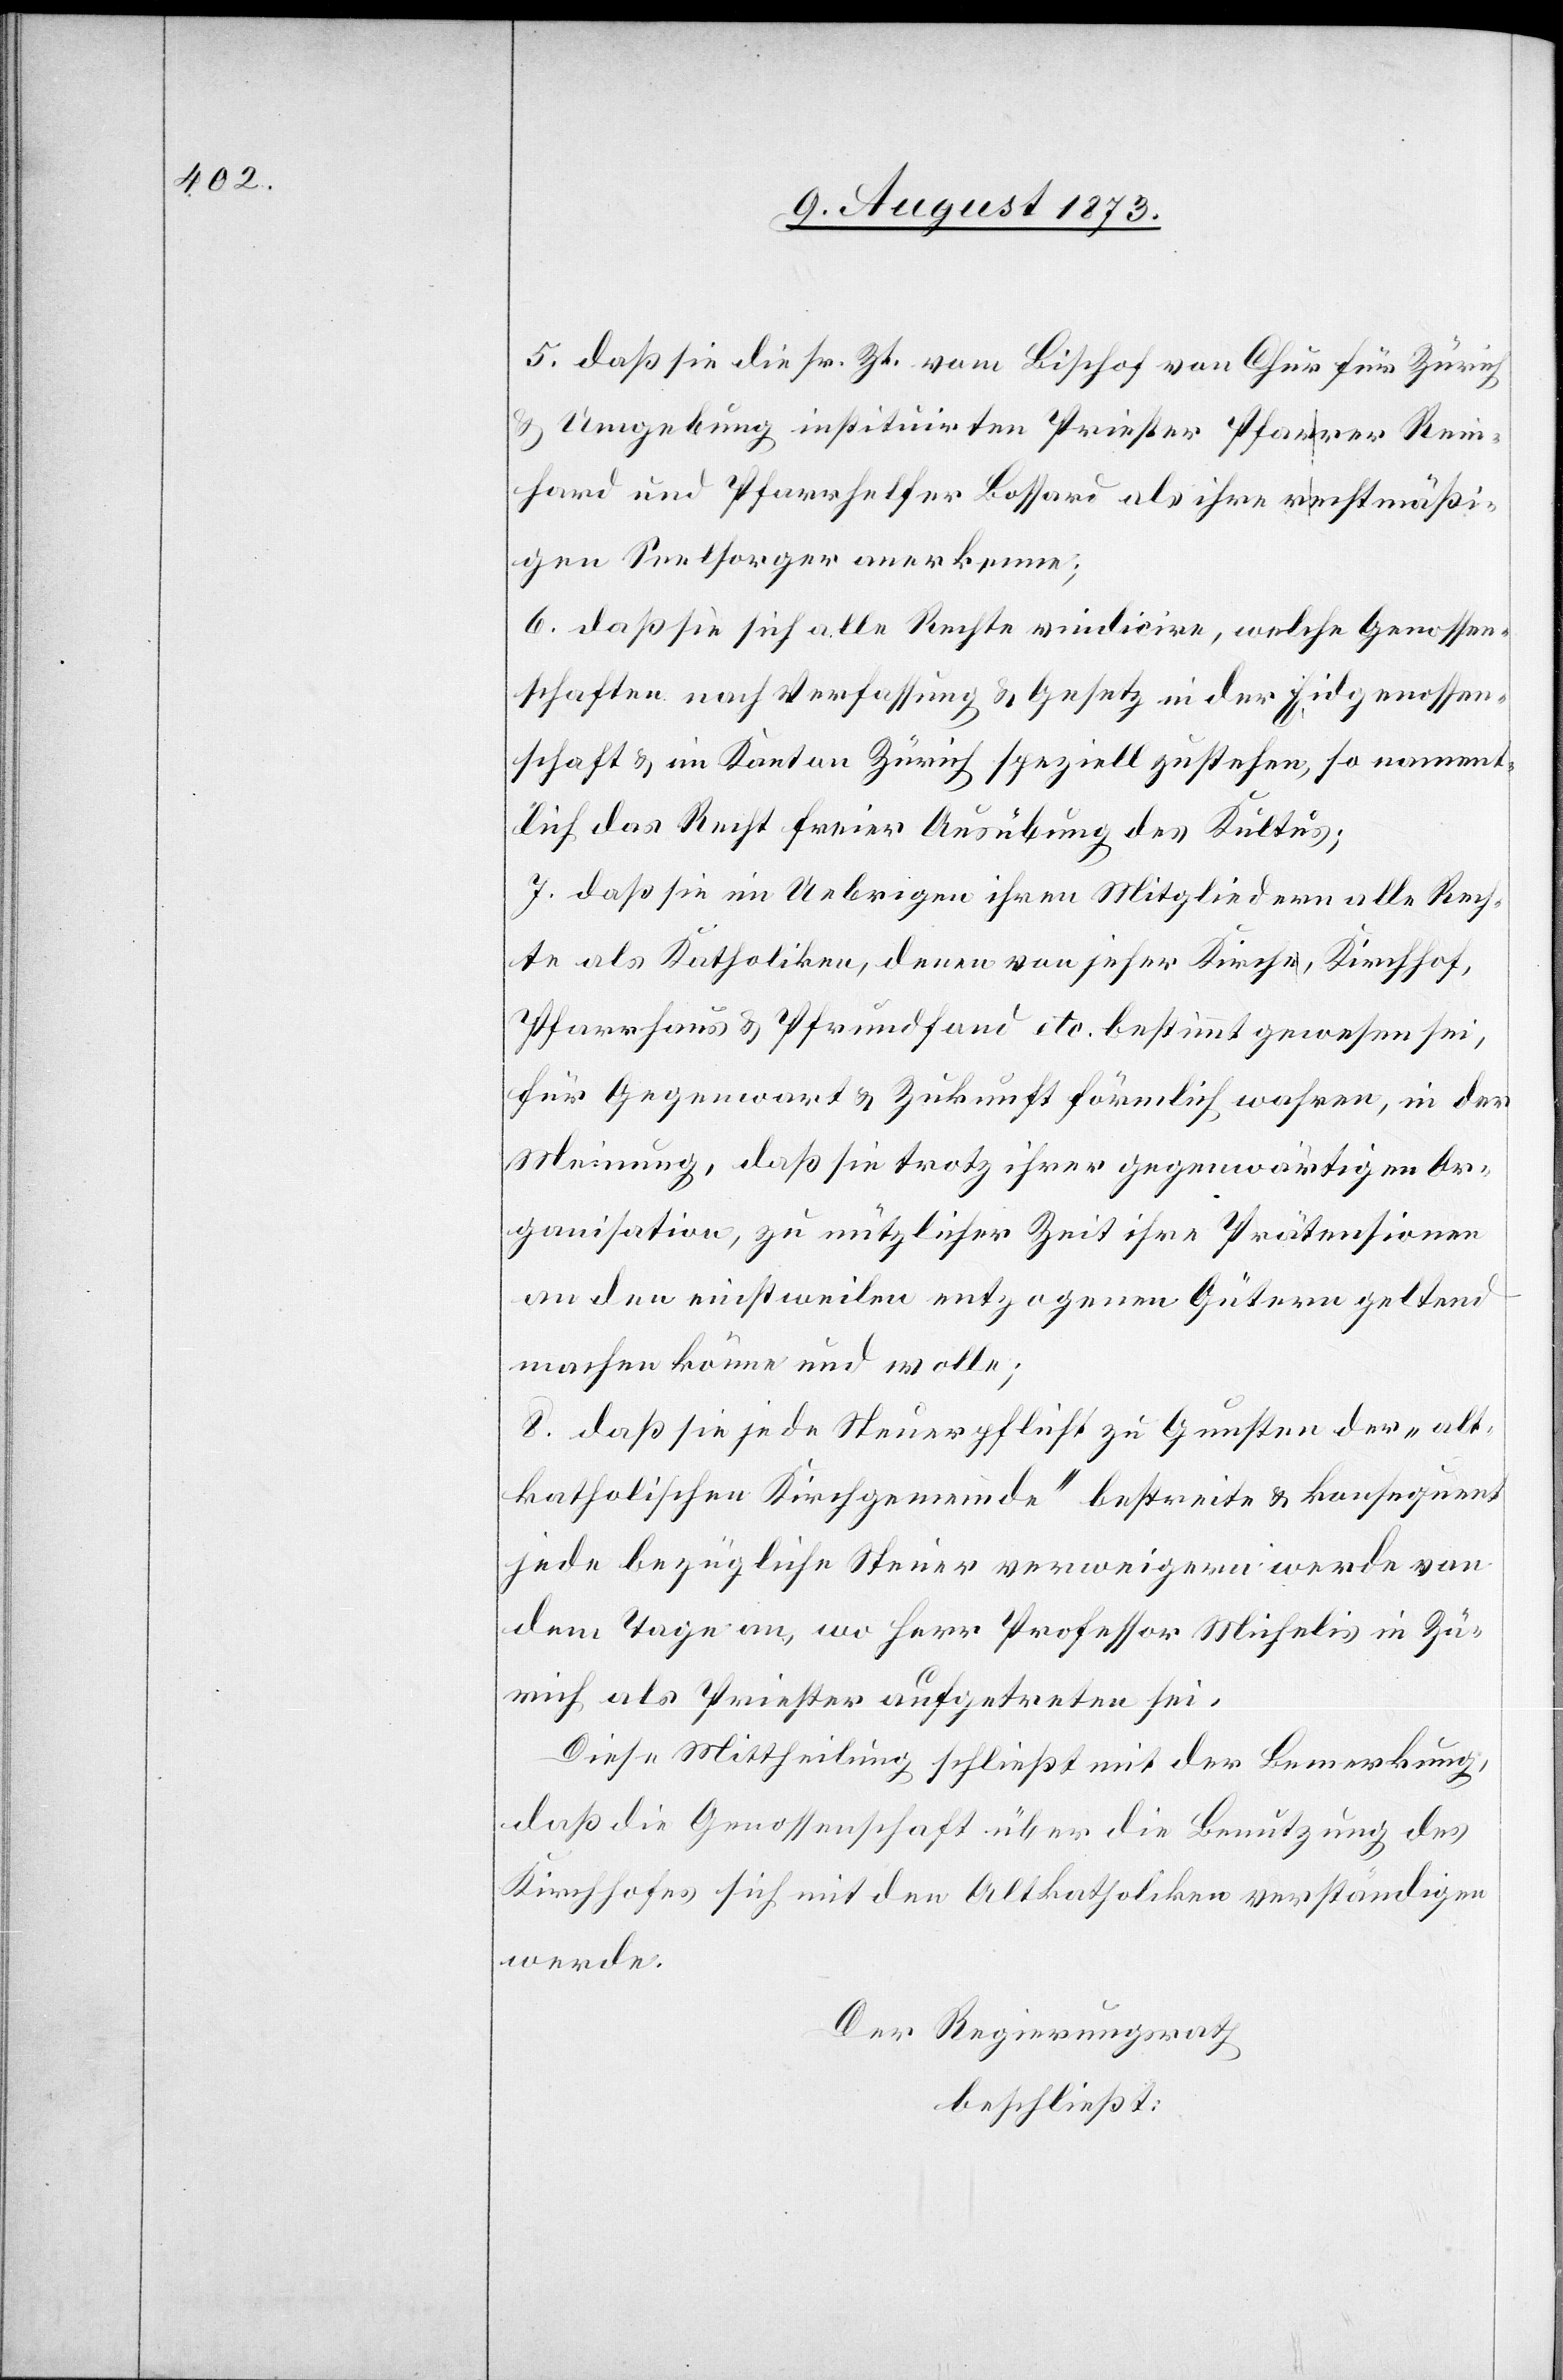
5. daß sie die sr. Zt. vom Bischof von Chur für Zürich
& Umgebung instituirten Priester Pfarrer Rein¬
hard und Pfarrhelfer Bossard als ihre rechtmäßi¬
gen Seelsorger anerkenne;
6. daß sie sich alle Rechte vindicire, welche Genossen¬
schaften nach Verfassung & Gesetz in der Eidgenossen¬
schaft & im Kanton Zürich speziell zustehen, so nament¬
lich das Recht freier Ausübung des Kultus;
7. daß sie im Uebrigen ihren Mitgliedern alle Rech¬
te als Katholiken, denen von jeher Kirche, Kirchhof,
Pfarrhaus & Pfrundfond etc. bestimmt gewesen sei,
für Gegenwart & Zukunft förmlich wahren, in der
Meinung, daß sie trotz ihrer gegenwärtigen Or¬
ganisation, zu nützlicher Zeit ihre Prätensionen
an den einstweilen entzogenen Gütern geltend
machen könne und wolle;
8. daß sie jede Steuerpflicht zu Gunsten der „alt¬
katholischen Kirchgemeinde“ bestreite & konsequent
jede bezügliche Steuer verweigern werde von
dem Tage an, wo Herr Professor Michelis in Zü¬
rich als Priester aufgetreten sei.
Diese Mittheilung schließt mit der Bemerkung,
daß die Genossenschaft über die Benutzung des
Kirchhofes sich mit den Altkatholiken verständigen
werde.
Der Regierungsrath
beschließt: